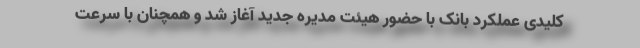
کلیدی عملکرد بانک با حضور هیئت مدیره جدید آغاز شد و همچنان با سرعت